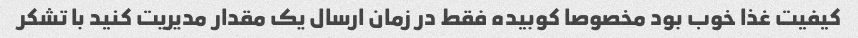
کیفیت غذا خوب بود مخصوصا کوبیده فقط در زمان ارسال یک مقدار مدیریت کنید با تشکر